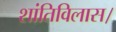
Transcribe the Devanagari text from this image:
शांतिविलास।